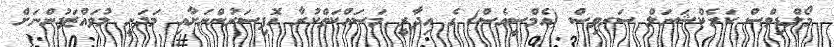
މޯލްޑިވްސް ކަރެކްޝަނަލް ސަރވިސް (އެމްސީއެސް) ގެ އިދާރީ މަސައްކަތްކުރާ އޮފިސަރުންނަށާއި މަދަނީ މުވައްޒަފުންނަށް